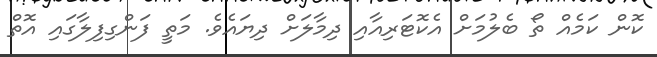
ކޮން ކަމެއް ތޯ ބެލުމަށް އެކޮޓަރިއާއި ދިމާލަށް ދިޔައެވެ. މަތީ ފަންގިފިލާގައި އޮތް